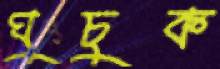
ঘুচুক